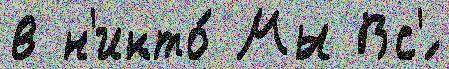
в н'икто́ Мы Вс'́